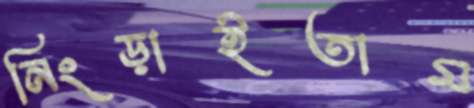
নিংড়াইতাম